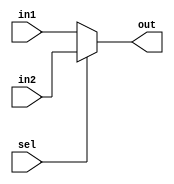
module Mux2to1(
    input wire[31:0] in1,in2,
    input sel,
    output wire[31:0] out
    );

assign out=sel?in2:in1;
endmodule